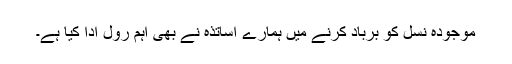
موجودہ نسل کو برباد کرنے میں ہمارے اساتذہ نے بھی اہم رول ادا کیا ہے۔